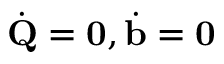
\dot { { \mathbf Q } } = { \mathbf 0 } , \dot { { \mathbf b } } = { \mathbf 0 }